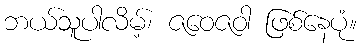
ဘယ်သူပါလိမ့်၊ ဇဝေဇဝါ ဖြစ်နေပုံ။